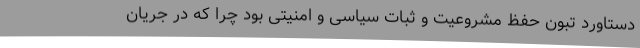
دستاورد تبون حفظ مشروعیت و ثبات سیاسی و امنیتی بود چرا که در جریان